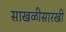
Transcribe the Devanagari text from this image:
साखळीसारखी